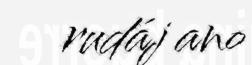
rudáj ano